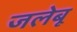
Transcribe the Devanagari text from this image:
जलेबू